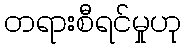
တရားစီရင်မှုဟု